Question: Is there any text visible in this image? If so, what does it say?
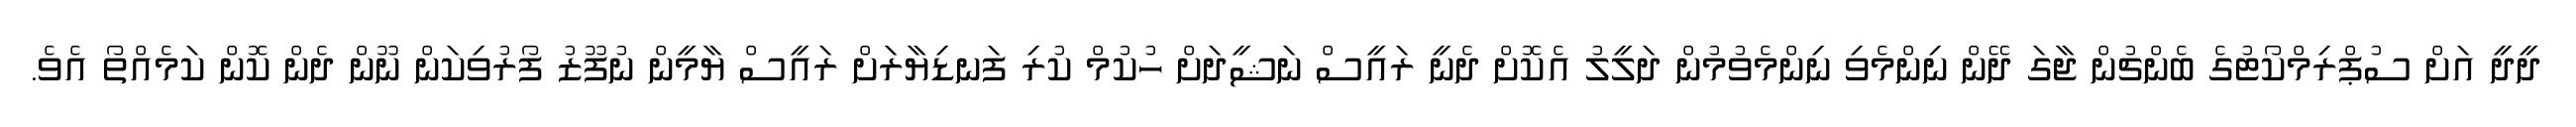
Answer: ދީދީ އަށް ސުޕްރިމްކޯޓުގެ ބެންޗުން ޖާގަ ދޭން ނިންމެވި ނިންމެވުމުން ދަލީލު އެކޮށް ދެނީ ރައީސް ނަޝީދަށް ހުކުމް ކުރި ފަނޑިޔާރަށް ރައީސް ޔާމީން ނުފޫޒު ފޯރުވިކަން ނޫން ދެން ކޮން ކަމެއްތޯ އެވެ.